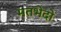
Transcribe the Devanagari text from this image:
मतभेदो